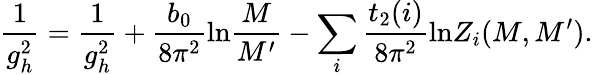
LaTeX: \frac{1}{g_{h}^{2}}=\frac{1}{g_{h}^{2}}+\frac{b_{0}}{8\pi^{2}}\mathrm{ln}\frac{M}{M^{\prime}}-\sum_{i}\frac{t_{2}(i)}{8\pi^{2}}\mathrm{ln}Z_{i}(M,M^{\prime}).